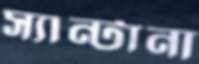
স্যান্টানা